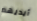
أيديهم